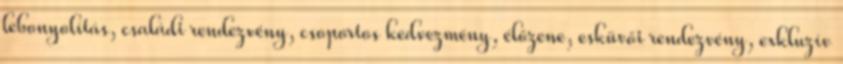
lebonyolítás, családi rendezvény, csoportos kedvezmény, élőzene, esküvői rendezvény, exkluzív